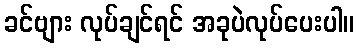
ခင်ဗျား လုပ်ချင်ရင် အခုပဲလုပ်ပေးပါ။